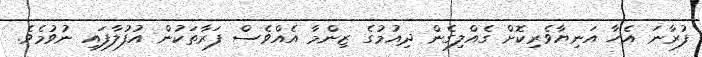
ފުރާނަ އެހާ އަނިޔާވެރިކޮށް ގެއްލިގެން ދިއުމުގެ ޒިންމާ އެއްވެސް ފަރާތަކުން އުފުލާފައި ނުވުމެވެ.